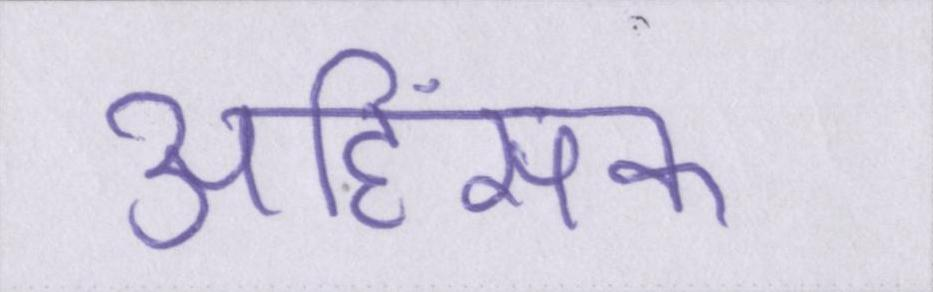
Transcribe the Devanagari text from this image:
अहिंसक